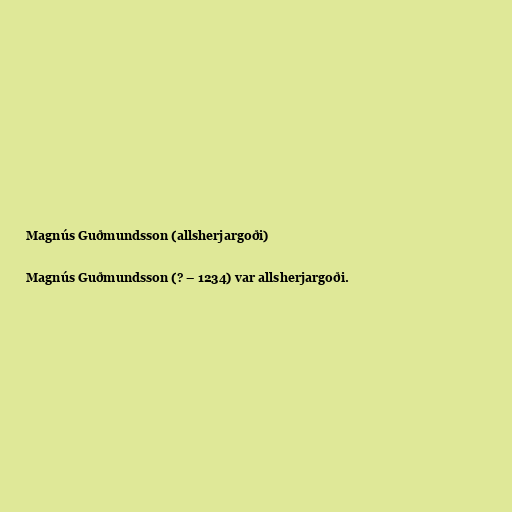
Magnús Guðmundsson (allsherjargoði)

Magnús Guðmundsson (? – 1234) var allsherjargoði.